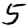
Digit: 5